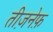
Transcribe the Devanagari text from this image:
तीज़नेफ़